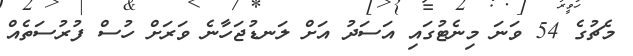
މެޗުގެ 54 ވަނަ މިނެޓުގައި އަސަދު އަށް ލަނޑުޖަހާނެ ވަރަށް ހުސް ފުރުސަތެއް